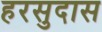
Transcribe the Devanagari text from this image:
हरसुदास